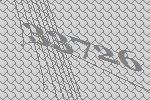
33726